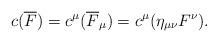
LaTeX: \begin{align*}c(\overline{F})=c^\mu(\overline{F}_\mu)=c^\mu(\eta_{\mu\nu}F^\nu).\end{align*}